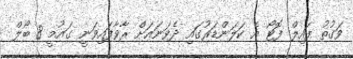
ވަގުތު ފައިލް ފޮޓޯ އެ ކަލަންޑަރުގައި ދެވަނައަށް ރާވާފައިވަނީ ގައުމީ 8 ބޯލް